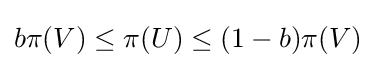
b\pi (V)\leq \pi (U)\leq (1-b)\pi (V)